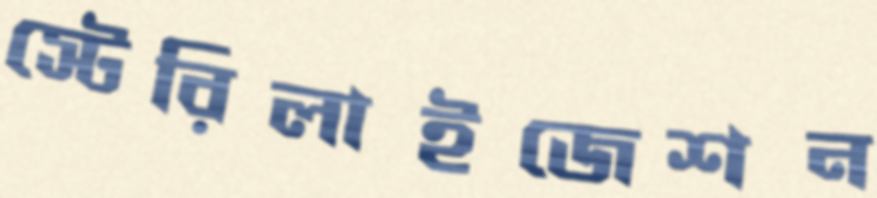
স্টেরিলাইজেশন